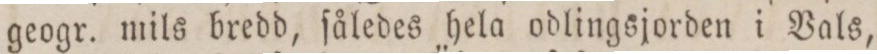
geogr. mils bredd, ſåledes hela odlingsjorden i Vals,